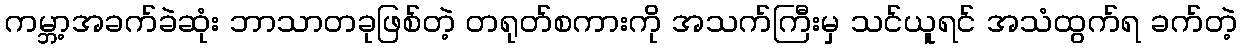
ကမ္ဘာ့အခက်ခဲဆုံး ဘာသာတခုဖြစ်တဲ့ တရုတ်စကားကို အသက်ကြီးမှ သင်ယူရင် အသံထွက်ရ ခက်တဲ့